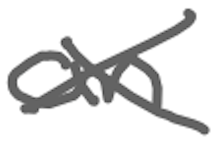
Text: an
Cross-out: cross
Writing tool: digital_gray